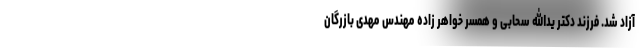
آزاد شد. فرزند دکتر یدالله سحابی و همسر خواهر زاده مهندس مهدی بازرگان